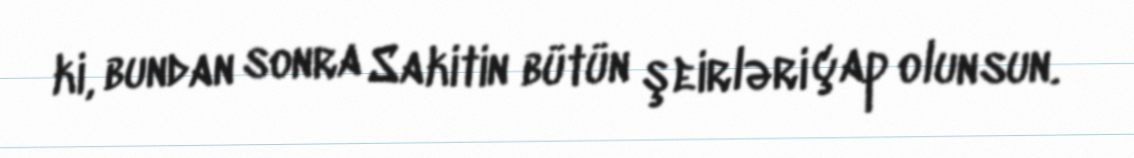
ki, bundan sonra Sakitin bütün şeirləri çap olunsun.